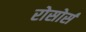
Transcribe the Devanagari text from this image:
रोसोर्स